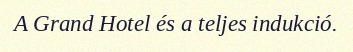
A Grand Hotel és a teljes indukció.